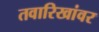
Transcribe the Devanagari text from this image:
तवारिखांवर